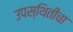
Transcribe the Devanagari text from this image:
उपस्थितीचा